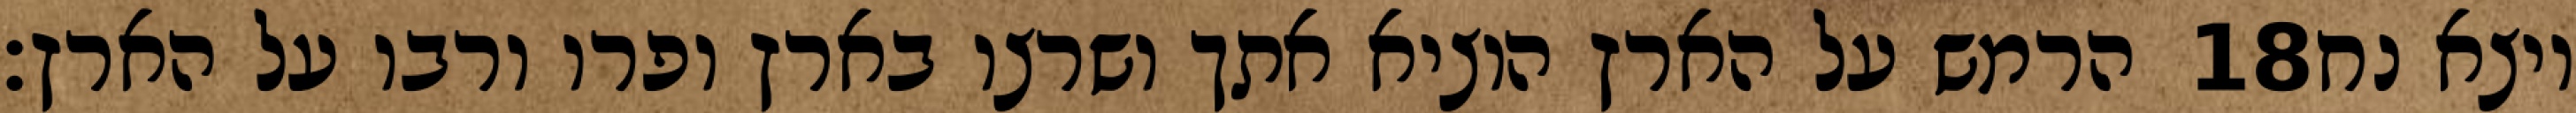
הרמש על הארץ הוציא אתך ושרצו בארץ ופרו ורבו על הארץ׃ ‎18‏ ויצא נח